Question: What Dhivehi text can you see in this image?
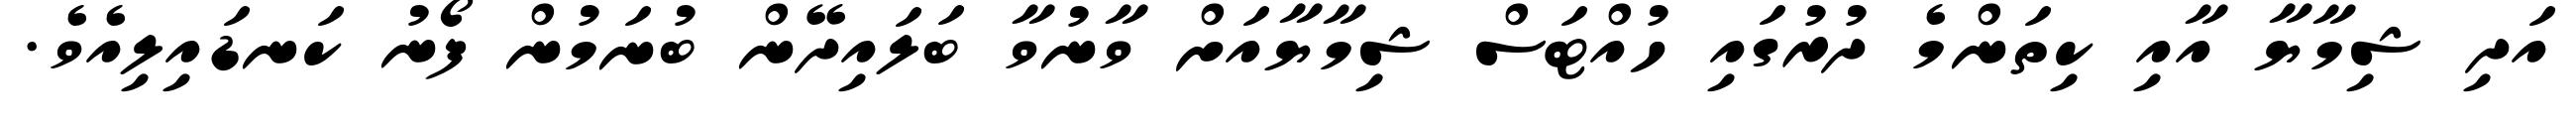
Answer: އަދި ޝިމާޔާ އާއި ކިތަންމެ ދުރުގައި ހުއްޓަސް ޝިމާޔާއަށް ވާނުވާ ބަލައިދޭން ބުނަމުން ފޯނު ކަނޑައިލިއެވެ.